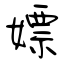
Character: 嫖